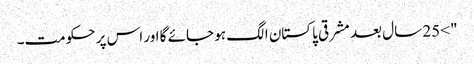
"> 25 سال بعد مشرقی پاکستان الگ ہو جائے گا اور اس پر حکومت۔